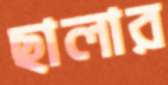
ছালার